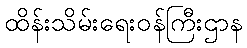
ထိန်းသိမ်းရေးဝန်ကြီးဌာန